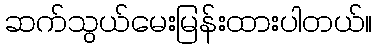
ဆက်သွယ်မေးမြန်းထားပါတယ်။